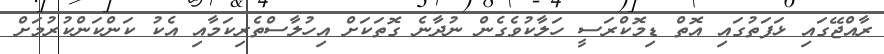
ރާއްޖޭގައި ޅަފަތުގައި އޮތް ޑިމޮކްރަސީ ހަލާކުވެގެން ނުދާނެ ގޮތަކަށް އިހުލާސްތެރިކަމާއި އެކު ކަންކަންކުރުމަށް